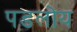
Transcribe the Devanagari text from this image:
पडलोय